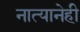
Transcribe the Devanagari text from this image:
नात्यानेही